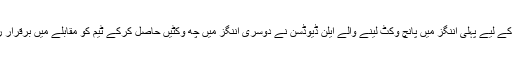
آسٹریلیا کے لیے پہلی اننگز میں پانچ وکٹ لینے والے ایلن ڈیوڈسن نے دوسری اننگز میں چھ وکٹیں حاصل کرکے ٹیم کو مقابلے میں برقرار رکھا تھا۔